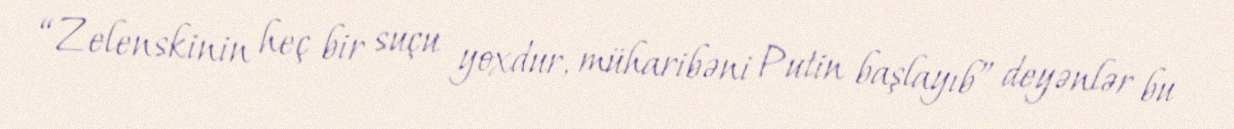
“Zelenskinin heç bir suçu yoxdur, müharibəni Putin başlayıb” deyənlər bu